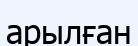
арылған